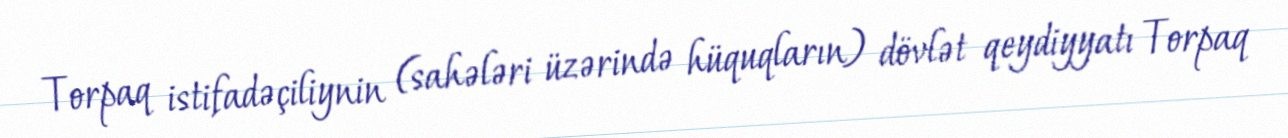
Torpaq istifadəçiliynin (sahələri üzərində hüquqların) dövlət qeydiyyatı Torpaq